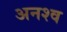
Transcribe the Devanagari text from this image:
अनश्व